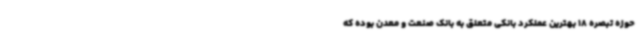
حوزه تبصره 18 بهترین عملکرد بانکی متعلق به بانک صنعت و معدن بوده که